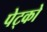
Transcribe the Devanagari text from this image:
पेट्को